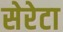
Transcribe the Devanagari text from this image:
सेरेटा